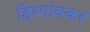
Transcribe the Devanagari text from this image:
हिरगांवकर